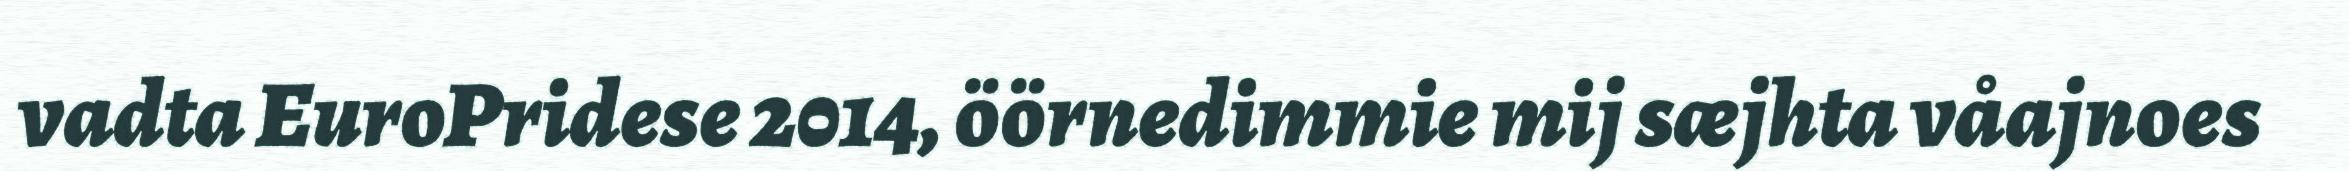
vadta EuroPridese 2014, öörnedimmie mij sæjhta våajnoes